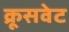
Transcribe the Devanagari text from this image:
क्रूसवेट